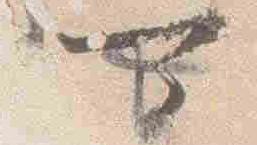
可